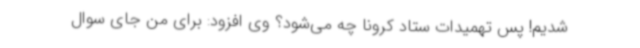
شدیم! پس تهمیدات ستاد کرونا چه می‌شود؟ وی افزود: برای من جای سوال